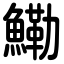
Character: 鰳